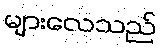
များလေသည်